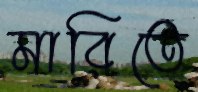
মারিতে